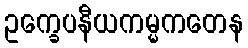
ဥက္ခေပနီယကမ္မကတေန